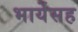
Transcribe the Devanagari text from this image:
भार्येसह